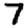
Digit: 7